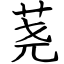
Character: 荛